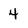
Character: 4